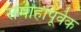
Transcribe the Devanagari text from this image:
समीहापूर्वक